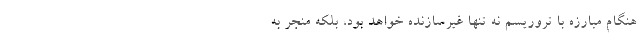
هنگام مبارزه با تروریسم نه تنها غیرسازنده خواهد بود، بلکه منجر به